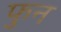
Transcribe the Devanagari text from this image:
फुन